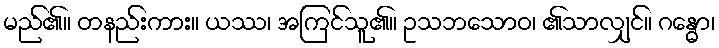
မည်၏။ တနည်းကား။ ယဿ၊ အကြင်သူ၏။ ဥသဘသောဝ၊ ၏သာလျှင်။ ဂန္ဓော၊